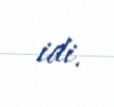
idi.